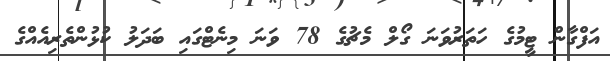
އަފްގާން ޓީމުގެ ހަތަރުވަނަ ގޯލް މެޗުގެ 78 ވަނަ މިނެޓްގައި ބަދަލު ކުޅުންތެރިއެއްގެ